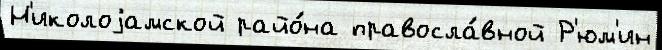
Н'иколоjамской райо́на правосла́вной Р'юм'ин